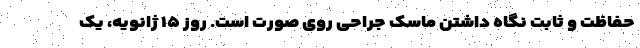
حفاظت و ثابت نگاه داشتن ماسک جراحی روی صورت است. روز ۱۵ ژانویه، یک